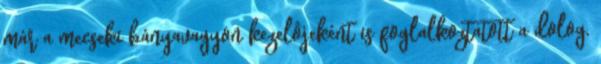
már a mecseki bányavagyon kezelôjeként is foglalkoztatott a dolog,